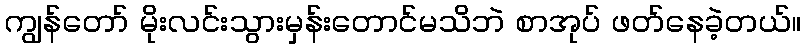
ကျွန်တော် မိုးလင်းသွားမှန်းတောင်မသိဘဲ စာအုပ် ဖတ်နေခဲ့တယ်။